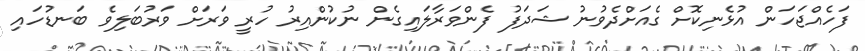
ފަހެއްޖަހަން އުޅެނިކޮށް ގެއަށްދެވުނު ޝަދަފު ފެންވަރާލައިގެން ނުކުންއިރު ހުރީ ވަރަށް ވަރުބަލިވެ ބަނޑުހައި